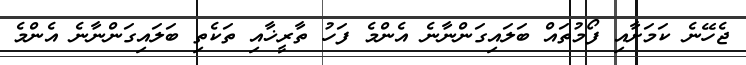
ޖެހޭނެ ކަމަށާއި ފޯމުތައް ބަލައިގަންނާނެ އެންމެ ފަހު ތާރީޚާއި ތަކެތި ބަލައިގަންނާނެ އެންމެ